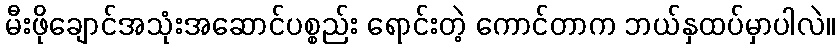
မီးဖိုချောင်အသုံးအဆောင်ပစ္စည်း ရောင်းတဲ့ ကောင်တာက ဘယ်နှထပ်မှာပါလဲ။